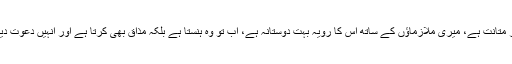
اگرچہ اس کے طور طریقے میں سنجیدگی اور متانت ہے، میری ملازماؤں کے ساتھ اس کا رویہ بہت دوستانہ ہے، اب تو وہ ہنستا ہے بلکہ مذاق بھی کرتا ہے اور انہیں دعوت دیتا ہے کہ آکر اس کی خوش نما چیزیں دیکھیں۔